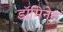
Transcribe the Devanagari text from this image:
डॉमिनेट